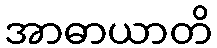
အာဓာယာတိ